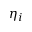
\eta _ { i }